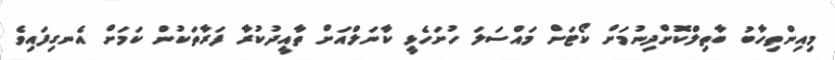
މިއިންތިހާބު ބާތިލްކޮށްދިނުމަށް ކޯޓަށް މައްސަލަ ހުށަހެޅީ ކާނަލްއަށް ތާއީދުކުރާ ފަރާތަކުން ކަމަށް އެނގިފައިވެ